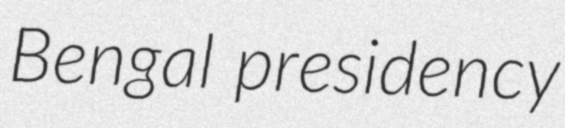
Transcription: Bengal presidency